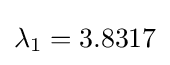
\lambda _{1}=3.8317